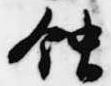
蝕